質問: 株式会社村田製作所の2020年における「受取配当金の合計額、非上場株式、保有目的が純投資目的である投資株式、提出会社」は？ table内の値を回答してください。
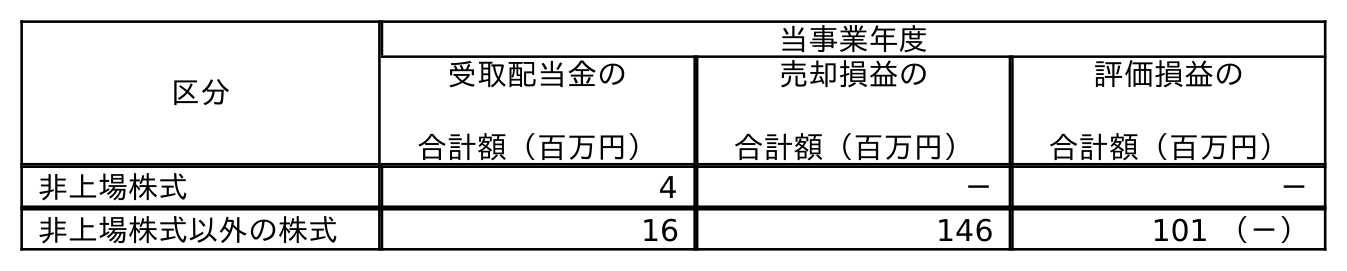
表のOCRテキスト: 区分 当事業年度 受取配当金の 合計額（百万円） 売却損益の 合計額（百万円） 評価損益の 合計額（百万円） 非上場株式 4 － － 非上場株式以外の株式 16 146 101 （－）
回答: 4